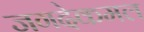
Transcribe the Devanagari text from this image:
जगदेकमल